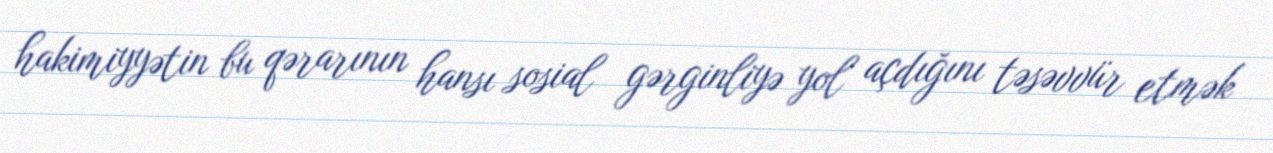
hakimiyyətin bu qərarının hansı sosial gərginliyə yol açdığını təsəvvür etmək